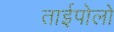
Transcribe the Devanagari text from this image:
ताईपोलो